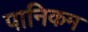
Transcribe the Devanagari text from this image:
पानिकम